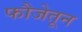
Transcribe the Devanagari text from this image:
फौजेतून